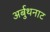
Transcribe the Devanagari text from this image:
अर्बुथनाट